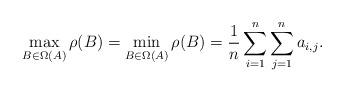
\begin{align*}\max_{B\in\Omega(A)}\rho(B)=\min_{B\in\Omega(A)}\rho(B)=\frac{1}{n} \sum_{i=1}^n \sum_{j=1}^n a_{i,j}.\end{align*}